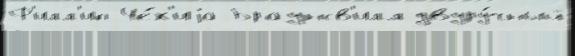
Ф'илл'ип Че́х'иjа Браунсв'илл двуру́чный